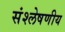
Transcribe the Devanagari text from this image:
संश्लेषणीय